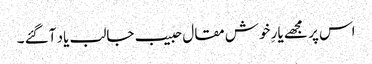
اس پر مجھے یارِ خوش مقال حبیب جالب یاد آگئے ۔